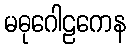
မဓုဂေါဠကေန